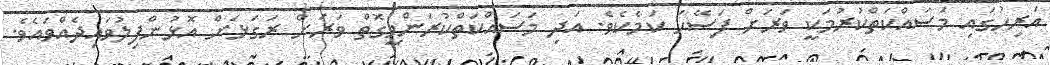
އަރިހުގައި މަސައްކަތްކުރުމަކީ ވަރަށް ފަސޭހަ ކަމެކެވެ. އަދި މަސައްކަތްކުރަންވީގޮތް ވަރަށް ރަގަޅަށް އޮޅުންފިލުވައިދެއްވައެވެ.